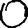
Digit: 0